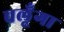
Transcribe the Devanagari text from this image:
चलूँगा